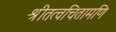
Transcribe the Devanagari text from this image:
श्रीतत्वचितामणि